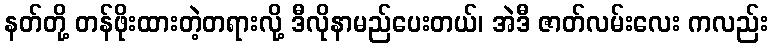
နတ်တို့ တန်ဖိုးထားတဲ့တရားလို့ ဒီလိုနာမည်ပေးတယ်၊ အဲဒီ ဇာတ်လမ်းလေး ကလည်း